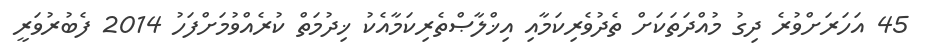
45 އަހަރަށްވުރެ ދިގު މުއްދަތަކަށް ތެދުވެރިކަމާއި އިޚްލާޞްތެރިކަމާއެކު ޚިދުމަތް ކުރެއްވުމަށްފަހު 2014 ފެބުރުވަރީ